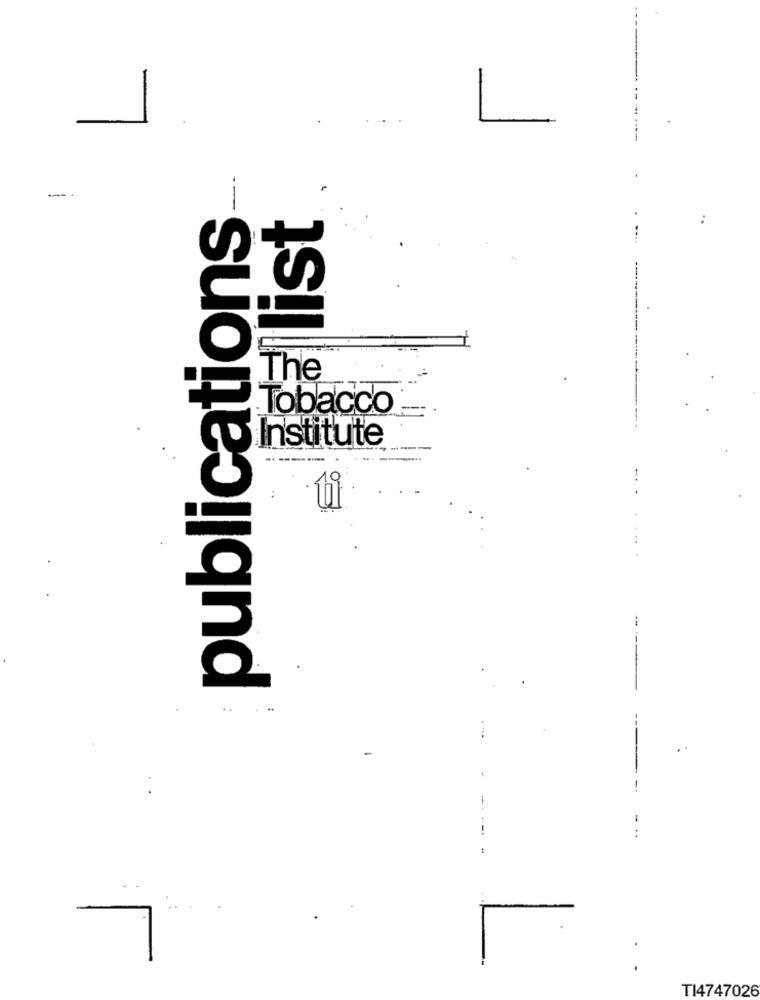
L
--
-
publications
allist
:
The
Tobacco
Institute
-----
---
ti
4 4
..
TI4747026